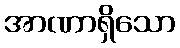
အာဏာရှိသော